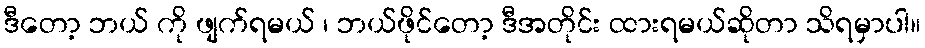
ဒီတော့ ဘယ် ကို ဖျက်ရမယ် ၊ ဘယ်ဖိုင်တော့ ဒီအတိုင်း ထားရမယ်ဆိုတာ သိရမှာပါ။